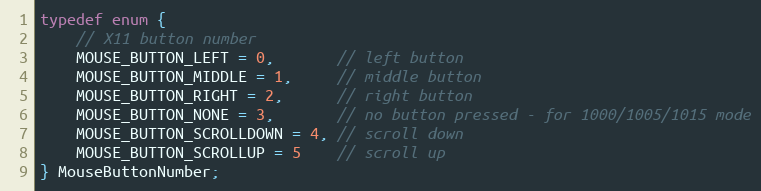
Language: C
typedef enum {
    // X11 button number
    MOUSE_BUTTON_LEFT = 0,       // left button
    MOUSE_BUTTON_MIDDLE = 1,     // middle button
    MOUSE_BUTTON_RIGHT = 2,      // right button
    MOUSE_BUTTON_NONE = 3,       // no button pressed - for 1000/1005/1015 mode
    MOUSE_BUTTON_SCROLLDOWN = 4, // scroll down
    MOUSE_BUTTON_SCROLLUP = 5    // scroll up
} MouseButtonNumber;